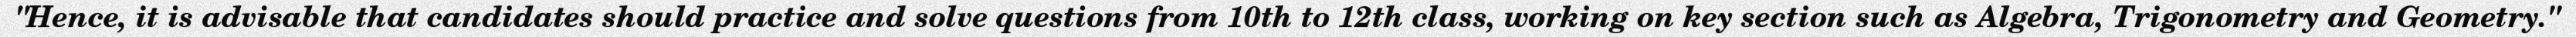
"Hence, it is advisable that candidates should practice and solve questions from 10th to 12th class, working on key section such as Algebra, Trigonometry and Geometry."